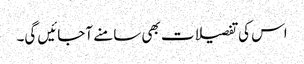
اس کی تفصیلات بھی سامنے آجائیں گی۔